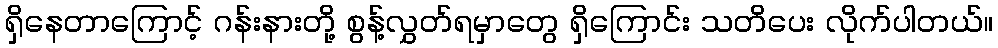
ရှိနေတာကြောင့် ဂန်းနားတို့ စွန့်လွှတ်ရမှာတွေ ရှိကြောင်း သတိပေး လိုက်ပါတယ်။